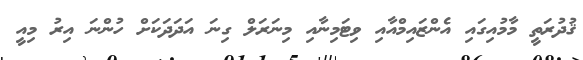
ޤުދުރަތީ މާމުއިގައި އެންޒައިމްއާއި ވިޓަމިނާއި މިނަރަލް ގިނަ އަދަދަކަށް ހުންނަ އިރު މިއީ